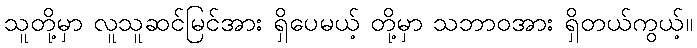
သူတို့မှာ လူသူဆင်မြင်အား ရှိပေမယ့် တို့မှာ သဘာဝအား ရှိတယ်ကွယ့်။